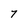
Character: 7